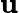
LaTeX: \mathrm{\mathbf{u}}